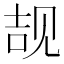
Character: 𲁕